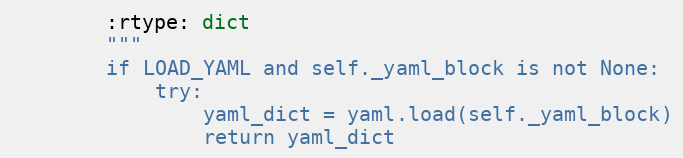
Language: Python
        :rtype: dict
        """
        if LOAD_YAML and self._yaml_block is not None:
            try:
                yaml_dict = yaml.load(self._yaml_block)
                return yaml_dict